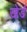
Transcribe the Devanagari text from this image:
खेडं